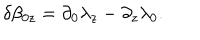
\delta \beta _ { 0 z } = \partial _ { 0 } \lambda _ { z } - \partial _ { z } \lambda _ { 0 } .